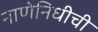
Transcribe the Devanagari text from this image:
नाणेनिधीची